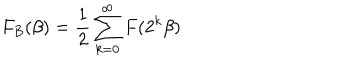
F _ { B } ( \beta ) = \frac { 1 } { 2 } \sum _ { k = 0 } ^ { \infty } F ( 2 ^ { k } \beta )